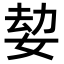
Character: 𡝔